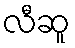
လီဆူ